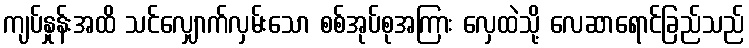
ကျပ်နှုန်းအထိ သင်လျှောက်လှမ်းသော စစ်အုပ်စုအကြား လှေထဲသို့ လေဆာရောင်ခြည်သည်